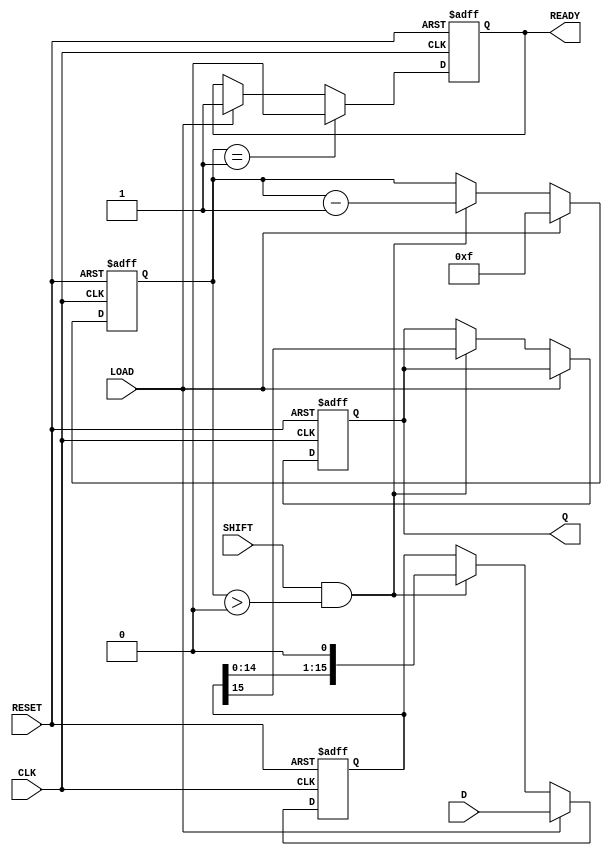
module PISO_Register (
    input wire [15:0] D,     // 16-bit parallel input
    input wire LOAD,         // Load control signal
    input wire CLK,          // Clock input
    input wire SHIFT,        // Shift control signal
    input wire RESET,        // Asynchronous reset
    output reg Q,            // Serial output 
    output reg READY         // Data ready flag
);

// Internal registers
reg [15:0] REG;             // 16-bit shift register
reg [4:0] count;            // Counter for tracking the number of bits shifted out

// State initialization
initial begin
    REG = 16'b0;
    Q = 1'b0;
    READY = 1'b0;
    count = 5'b0;
end

// Synchronous process
always @(posedge CLK or posedge RESET) begin
    // Asynchronous reset
    if (RESET) begin
        REG <= 16'b0;
        Q <= 1'b0;
        READY <= 1'b0;
        count <= 5'b0;
    end
    else begin
        // Load data into the register when LOAD is asserted
        if (LOAD) begin
            REG <= D;     // Load the data
            READY <= 1'b1; // Indicate that data is ready to be shifted
            count <= 5'd15; // Set counter to start at 15
        end
        // Shift data out when SHIFT is asserted
        else if (SHIFT && (count > 0)) begin
            Q <= REG[15];           // Output the MSB
            REG <= REG << 1;        // Shift left
            count <= count - 1;     // Decrement the counter            
        end
        // When all bits have been shifted out
        if (count == 1) begin
            READY <= 1'b0;         // Data is no longer ready after the last bit
        end
    end
end

endmodule